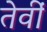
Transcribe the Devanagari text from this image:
तेवीं